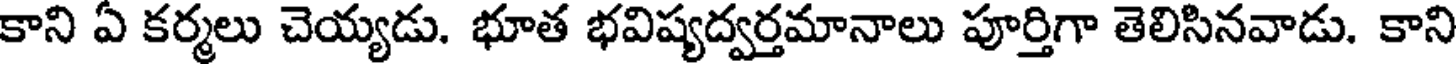
కాని ఏ కర్మలు చెయ్యడు. భూత భవిష్యద్వర్తమానాలు పూర్తిగా తెలిసినవాడు. కాని